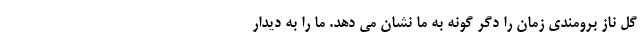
گل ناز برومندی زمان را دِگر گونه به ما نشان می دهد. ما را به دیدار